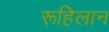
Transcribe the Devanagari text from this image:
रूहिलान